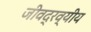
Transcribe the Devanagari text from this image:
जीवद्रव्यीय